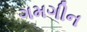
ગમગીન